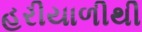
હરીયાળીથી